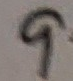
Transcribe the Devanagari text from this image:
प